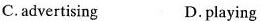
C. advertising D. playing